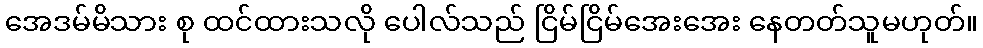
အေဒမ်မိသား စု ထင်ထားသလို ပေါလ်သည် ငြိမ်ငြိမ်အေးအေး နေတတ်သူမဟုတ်။